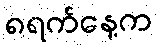
၈ရက်နေ့က